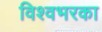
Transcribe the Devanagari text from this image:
विश्वभरका